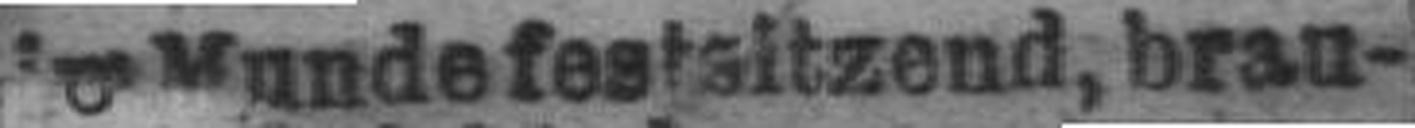
### Munde festsitzend, brau¬